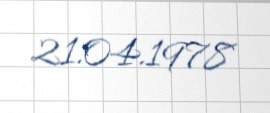
21.04.1978